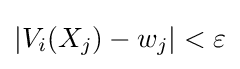
|V_{i}(X_{j})-w_{j}|<\varepsilon